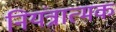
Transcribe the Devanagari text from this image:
नियंत्रात्मक